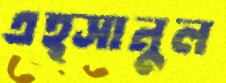
এহ্সানুল